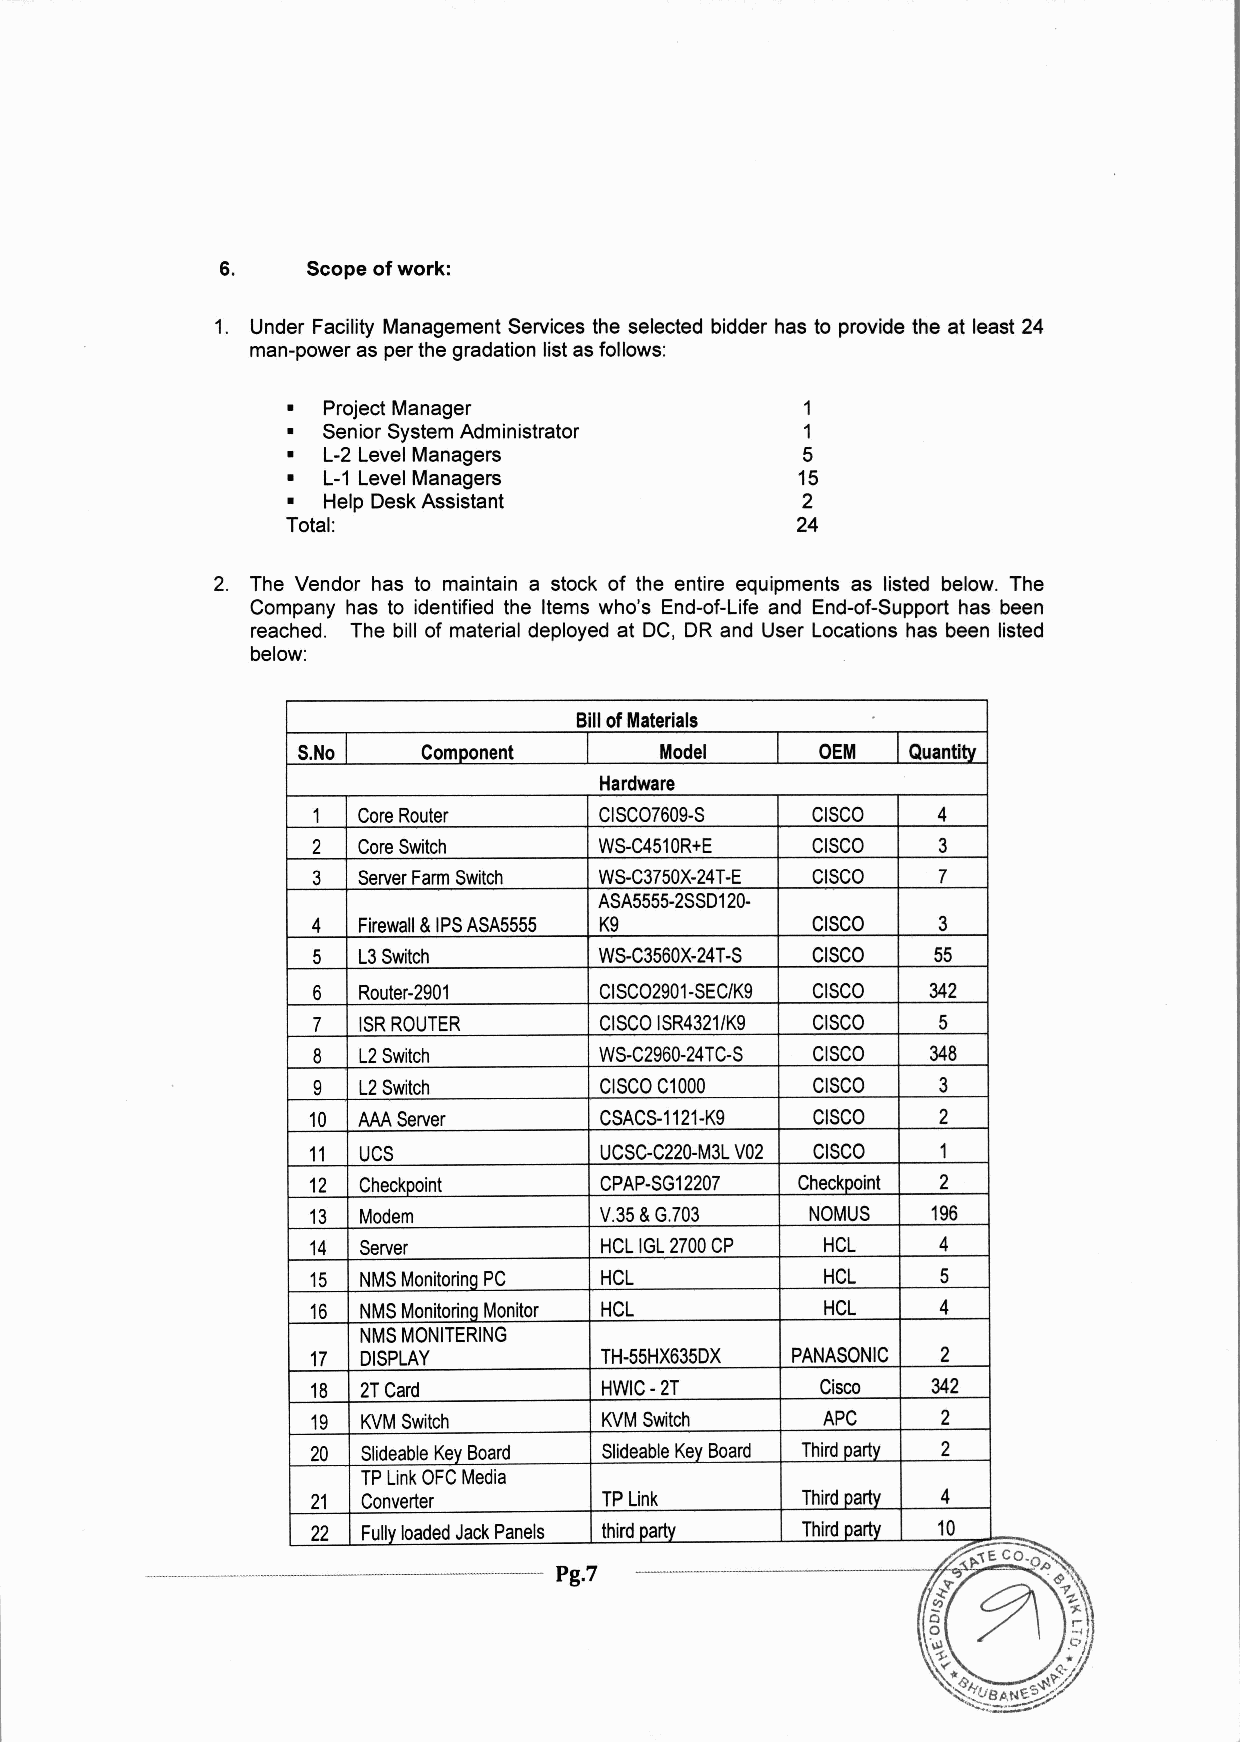
6.   Scopeof work:
 1. Under Facility Management Services the selected bidder has to provide the at least 24
 man-power as per the gradation list as follows:
 Project Manager                 1
 • Senior System Administrator     1
 • L-2 Level Managers              5
 • L-1 Level Managers              15
 • Help Desk Assistant             2
 Total:                            24
 2. The Vendor has to maintain a stock of the entire equipments as listed below. The
 Company has to identified the Items who's End-of-Life and End-of-Support has been
 reached. The bill of material deployed at DC, DR and User Locations has been listed
 below:
 Billof Materials
 S.No    Component       Model     OEM   Quantitv
 Hardware
 1  CoreRouter      CISC07609-S   CISCO   4
 2  CoreSwitch      WS-C4510R+E   CISCO   3
 3  ServerFarmSwitch WS-C3750X-24T-E CISCO 7
 ASA5555-2SSD120-
 4  Firewall&IPSASA5555 K9        CISCO   3
 5  L3Switch        WS-C3560X-24T-S CISCO 55
 6  Router-2901     CISC02901-SEC/K9 CISCO 342
 7  ISRROUTER       CISCOISR4321/K9 CISCO 5
 8  L2Switch        WS-C2960-24TC-S CISCO 348
 9  L2Switch        CISCOC1000    CISCO   3
 10  AAAServer       CSACS-1121-K9 CISCO   2
 11  UCS             UCSC-C220-M3LV02 CISCO 1
 12 Checkpoint      CPAP-SG12207 Checkpoint 2
 13 Modem           V.35&G.703    NOMUS   196
 14 Server          HCLIGL2700CP   HCL    4
 15 NMSMonitoringPC HCL            HCL    5
 16 NMSMonitoringMonitor HCL       HCL    4
 NMSMONITERING
 17 DISPLAY         TH-55HX635DX PANASONIC 2
 18 2TCard          HWIC-2T       Cisco   342
 19 KVMSwitch       KVMSwitch     APC     2
 20 SlideableKeyBoard SlideableKeyBoard Thirdparty 2
 TPLinkOFCMedia
 21 Converter       TPLink       Thirdparty 4
 22 FullyloadedJackPanels thirdparty Thirdparty 10
 ___________________________ ~-vl.>':'IE.CO~~
 Pg.7                    19\·
 '\>1
 '\~
 '<
 *